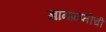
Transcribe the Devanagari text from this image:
ज्ञानप्राप्तीची